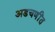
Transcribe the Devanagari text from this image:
अडचणींत